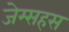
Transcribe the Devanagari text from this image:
जेम्सहस